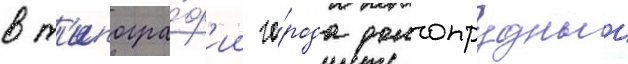
в т'ипогра́ф'ии го́рода долгопрудныи